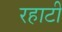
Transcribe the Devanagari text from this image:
रहाटी